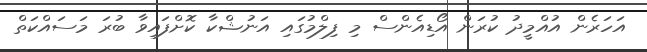
އަހަރެން އުއްމީދު ކުރަން އޯޑިއެންސް މި ފިލްމުގައި އަނުޝްކާ ކޮށްފައިވާ ބުރަ މަސައްކަތް